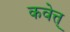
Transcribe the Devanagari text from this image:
कवेत्त्